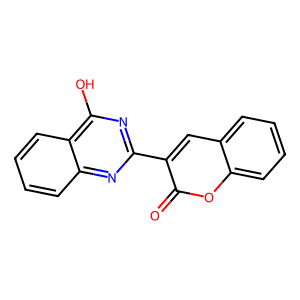
SMILES: O=c1oc2ccccc2cc1-c1nc(O)c2ccccc2n1
Inhibits HIV replication: No